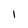
Character: I